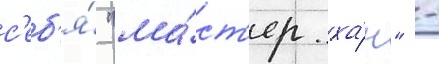
с'еб'я́ "ма́ст'ер ха́н" -